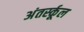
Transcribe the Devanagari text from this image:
अंतर्स्कूल